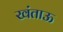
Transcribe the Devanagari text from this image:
खंताऊ